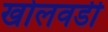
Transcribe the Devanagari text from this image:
खोलवडी